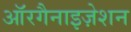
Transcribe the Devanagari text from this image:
ऑरगैनाइज़ेशन